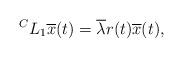
LaTeX: \begin{align*} ^{C}L_1 \overline{x}(t)= \overline{\lambda} r(t) \overline{x}(t),\end{align*}